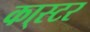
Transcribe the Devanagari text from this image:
का्स्‍टर